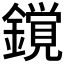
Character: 𨬥